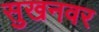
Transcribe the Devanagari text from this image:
सुखनवर